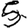
Digit: 5